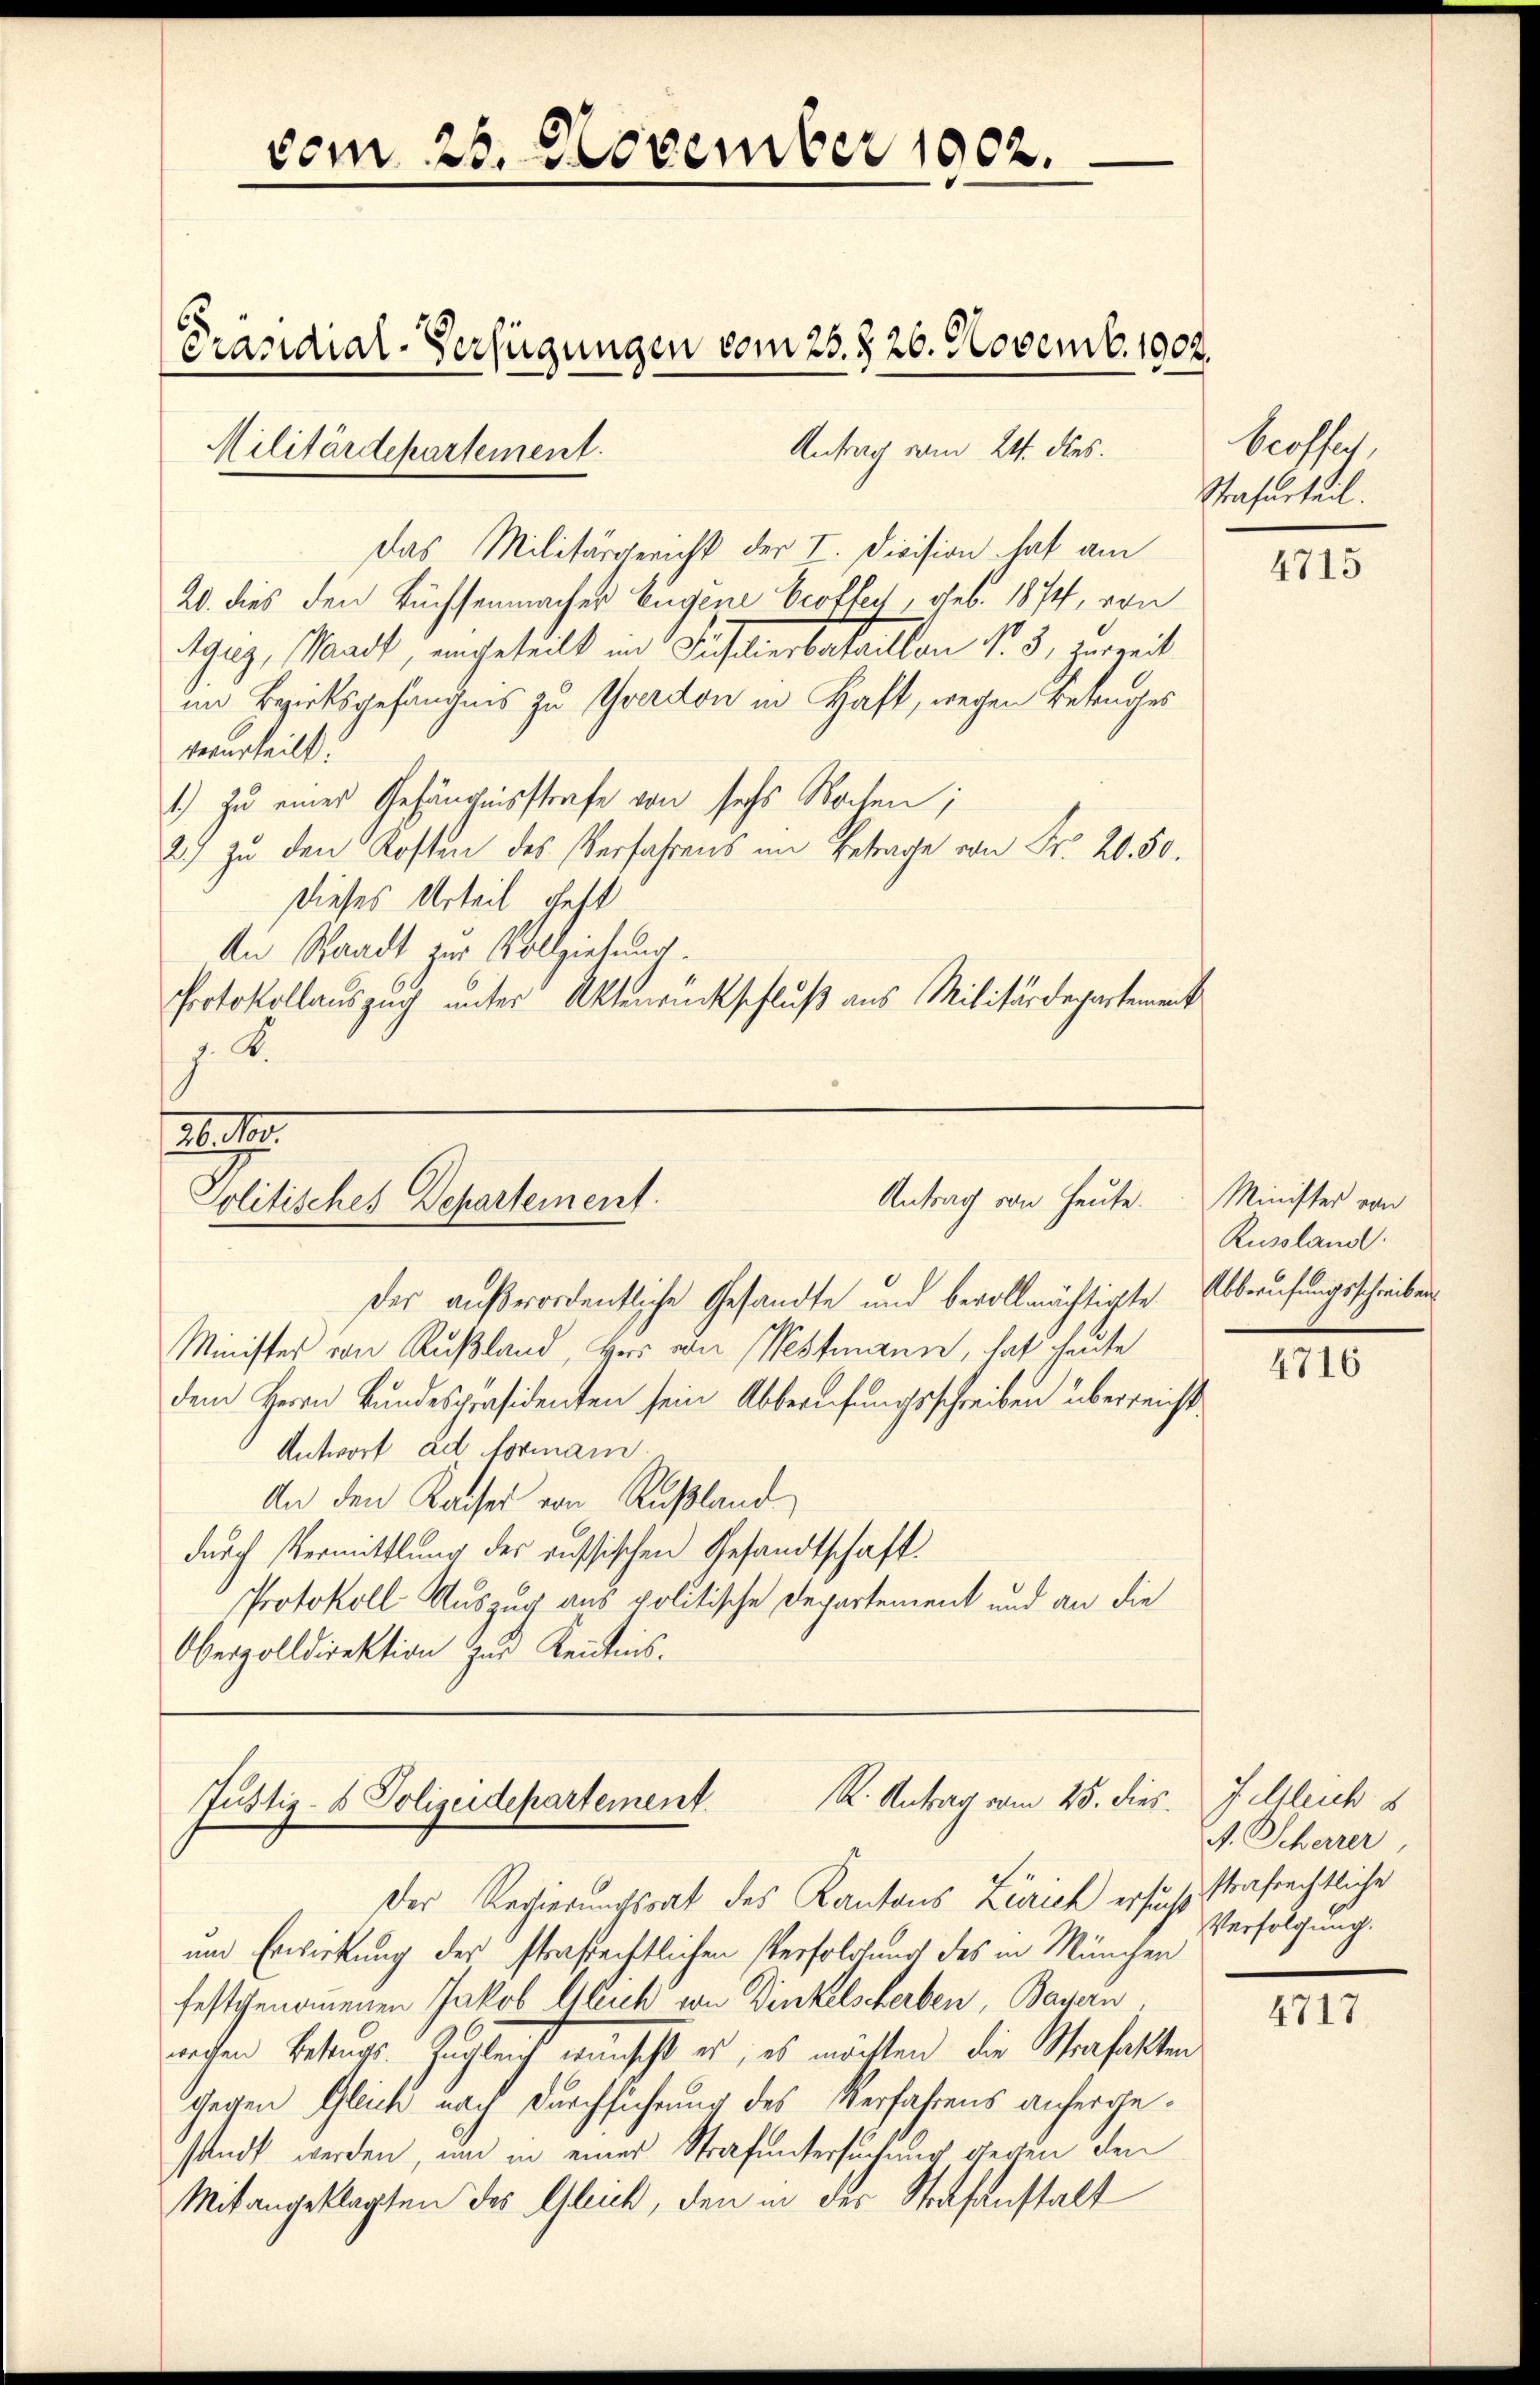
vom 26. November 1902.
Präsidial-Verfügungen vom 25. d. 26. Novemb. 1902.
Antrag vom 24. des
Militärdepartement.

Das Militärgericht der I. Division hat am
20. dies den Büchsenmacher Eugene Proffer, geb. 1874, von
Suz, Waadt, angeteilt in Justierbataillon Nr. 5 zurzeit
im Bezirksgefängnis zu Yverdon in Haft, wegen Betrages
verurtheilt.
1.) Zu eines Gefängnisstrafe von sechs Wochen;
2) zu den Kosten des Verfahrens im Betrage von Fr. 20. 50.
Dieses Urteil gest
An Staadt zur Vollziehung
Protokollauszug unter Aktenrückschluß aus Militärdepartement
j. 4.

21. d.
Antrag von heute.
Politisches Departement.

R. Antrag vom 25. dies. Zelleich s
Justiz- & Polizeidepartement.

Der außerordentliche Gesandte und bevollmächtigte Abberufungsschreiben
Minister von Rußland, Herr von Westmann, hat heute
dem Herrn Bundespräsidenten sein Abberufungsschreiben überreicht
Antwort ad formann.
An den Kaiser von Rußland
durch Vermittlung des russischen Gesandtschaft.
Protokoll Auszug aus politische Departement und an die
Oberzolldirektion zur Kenntnis.

broffen,
Strafurteil.

Der Regierungsrat des Kantons Zürich ersucht strafrechtliche
un Erwirkung der straßechtlichen Verfolgung des in München
festgenommenen Jakob Gleich von Dinkelscherben, Bayern
wochen Betrags. Zugleich wünscht es, es möchten die Strafakten
Gegen Gleich nach Durchführung des Verfahrens anhergesandt werden, und in einer Strafuntersuchung deren den
Mitangeklagten des Gleich, den in der Strafanstalt

4715

Minister von
Russland.

4716

A. Scherrer,
Verfolgung.

4717.